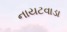
નાયટવાડા